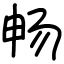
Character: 畅